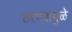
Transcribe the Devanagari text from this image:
ठरण्यामुळे